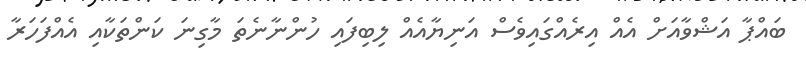
ބައްޕާ އަޝްވާއަށް އެއް އިރެއްގައިވެސް އަނިޔާއެއް ލިބިފައި ހުންނާނެތަ މާގިނަ ކަންތަކާއި އެއްފަހަރާ